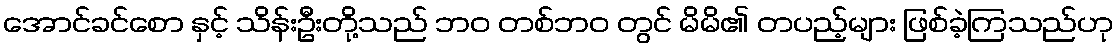
အောင်ခင်စော နှင့် သိန်းဦးတို့သည် ဘဝ တစ်ဘဝ တွင် မိမိ၏ တပည့်များ ဖြစ်ခဲ့ကြသည်ဟု